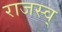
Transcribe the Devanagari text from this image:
राजस्व्